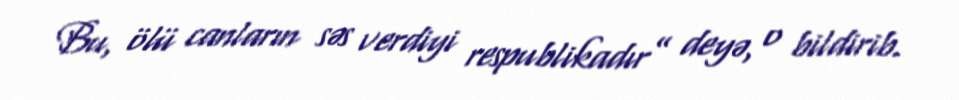
Bu, ölü canların səs verdiyi respublikadır” deyə, o bildirib.